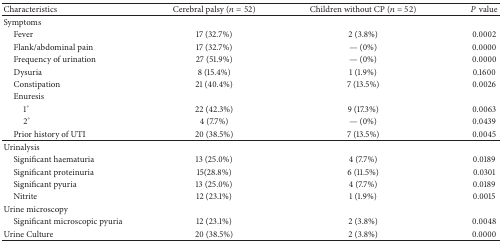
| Characteristics | Cerebral palsy (n = 52) | Children without CP (n = 52) | Pvalue |
 | --- | --- | --- | --- |
 | Symptoms |  |  |  |
 | Fever | 17 (32.7%) | 2 (3.8%) | 0.0002 |
 | Flank/abdominal pain | 17 (32.7%) | — (0%) | 0.0000 |
 | Frequency of urination | 27 (51.9%) | — (0%) | 0.0000 |
 | Dysuria | 8 (15.4%) | 1 (1.9%) | 0.1600 |
 | Constipation | 21 (40.4%) | 7 (13.5%) | 0.0026 |
 | Enuresis |  |  |  |
 | 1° | 22 (42.3%) | 9 (17.3%) | 0.0063 |
 | 2° | 4 (7.7%) | — (0%) | 0.0439 |
 | Prior history of UTI | 20 (38.5%) | 7 (13.5%) | 0.0045 |
 | Urinalysis |  |  |  |
 | Significant haematuria | 13 (25.0%) | 4 (7.7%) | 0.0189 |
 | Significant proteinuria | 15(28.8%) | 6 (11.5%) | 0.0301 |
 | Significant pyuria | 13 (25.0%) | 4 (7.7%) | 0.0189 |
 | Nitrite | 12 (23.1%) | 1 (1.9%) | 0.0015 |
 | Urine microscopy |  |  |  |
 | Significant microscopic pyuria | 12 (23.1%) | 2 (3.8%) | 0.0048 |
 | Urine Culture | 20 (38.5%) | 2 (3.8%) | 0.0000 |